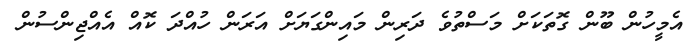
އެމީހުން ބޫން ގޮތަކަށް މަސްތުވެ ދަރިން މައިންގަޔަށް އަރަން ހުއްދަ ކޮއް އެއްޖިންސުން